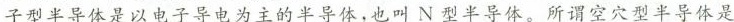
子型半导体是以电子导电为主的半导体，也叫N型半导体。所谓空穴型半导体是